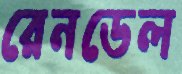
রেনডেল